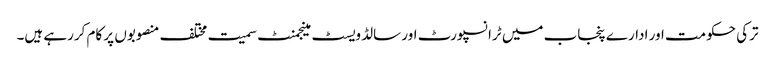
ترکی حکومت اور ادارے پنجاب میں ٹرانسپورٹ اور سالڈ ویسٹ مینجمنٹ سمیت مختلف منصوبوں پر کام کررہے ہیں۔